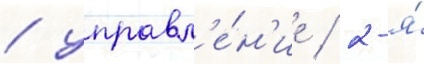
/ управл'е́н'ие / 2-я́